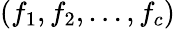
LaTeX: (f_{1},f_{2},\ldots,f_{c})